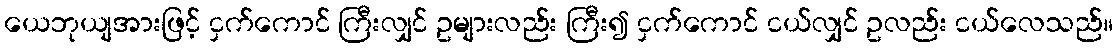
ယေဘုယျအားဖြင့် ငှက်ကောင် ကြီးလျှင် ဥများလည်း ကြီး၍ ငှက်ကောင် ငယ်လျှင် ဥလည်း ငယ်လေသည်။